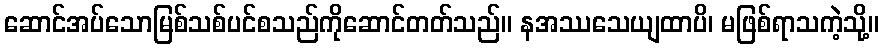
ဆောင်အပ်သောမြစ်သစ်ပင်စသည်ကိုဆောင်တတ်သည်။ နအဿသေယျထာပိ၊ မဖြစ်ရာသကဲ့သို့။